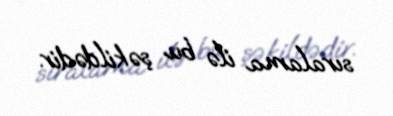
sıralama ilə bu şəkildədir.